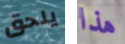
يلحق هذا